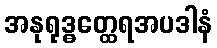
အနုရုဒ္ဓတ္ထေရအပဒါနံ